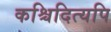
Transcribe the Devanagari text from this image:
कश्चिदित्यपि